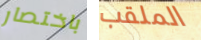
باختصار الملقب